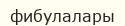
фибулалары